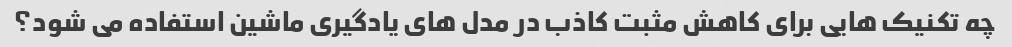
چه تکنیک هایی برای کاهش مثبت کاذب در مدل های یادگیری ماشین استفاده می شود؟